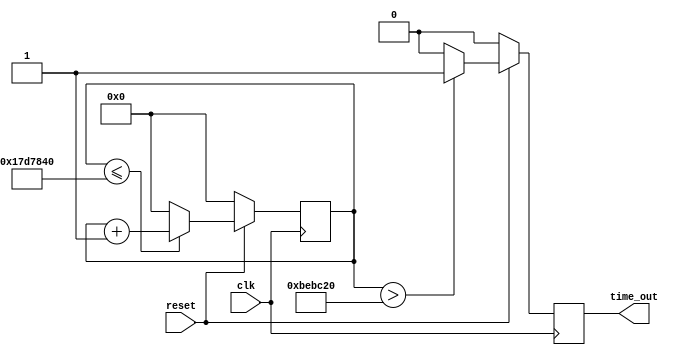
module time_signal ( //     ,   -.
							//This module make a signal with a half-second period of time.
		input wire clk,
		input wire reset,
		output wire time_out
		);
	
	reg [24:0] clk_number; // ,  Waveshare CoreEP4CE10   50 .
								  //Clock counter, Waveshare CoreEP4CE10 have 50MHz global clk. Need just half.
	reg [0:0] sec_kp;		  //      .
								  //A signal keeper.
								  
	assign time_out = sec_kp; //   time_out    sec_kp.
									  // assign       always .
								  
	// always .        .
	always @(posedge clk) //     ,  50.
	begin
		if (!reset) //      CoreEP4CE10,  .
			begin					//A zero level is active.
				clk_number <= 25'd0;
				sec_kp <= 1'd0; //    () .
									 //  "<=".    , .
									 // 1'd0:            ,
									 //         (b - , d -   ..)
			end
		else			//     Vcc (  ),   z 
						//    (x).     , ...
			begin
				if (clk_number <= 25'd25000000) 		//   ,    25 ,
					clk_number <= clk_number + 25'd1; //  
				else				//A half-second is gone.
					clk_number <= 25'd0; //  ,    .										
	
				if (clk_number > 25'd12500000) //   -.
					sec_kp <= 1'd1; //   .
									//A quarter-second to do high output.
				else
					sec_kp <= 1'd0; //  - .
									//Next quarter to do low output.
			end
			
	end	
	
endmodule